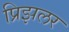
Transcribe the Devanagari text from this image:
प्रिझलर